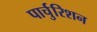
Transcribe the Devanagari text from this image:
पार्चुरिशन